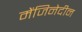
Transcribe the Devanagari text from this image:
मेंजिनेदीन